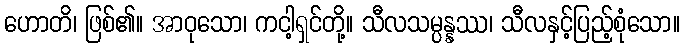
ဟောတိ၊ ဖြစ်၏။ အာဝုသော၊ ကငါ့ရှင်တို့။ သီလသမ္ပန္နဿ၊ သီလနှင့်ပြည့်စုံသော။